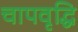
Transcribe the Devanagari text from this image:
चापवृद्धि